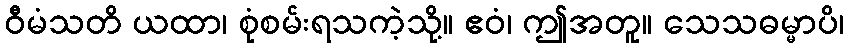
ဝီမံသတိ ယထာ၊ စုံစမ်းရသကဲ့သို့။ ဧဝံ၊ ဤအတူ။ သေသဓမ္မာပိ၊